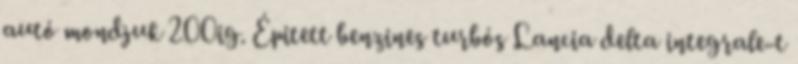
autó mondjuk 200ig. Épitett benzines turbós Lancia delta integrale-t